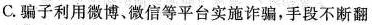
C.骗子利用微博、微信等平台实施诈骗，手段不断翻